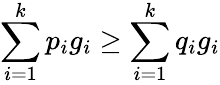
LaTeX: \sum_{i=1}^{k}p_{i}g_{i}\geq\sum_{i=1}^{k}q_{i}g_{i}